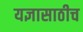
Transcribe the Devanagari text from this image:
यज्ञासाठीच